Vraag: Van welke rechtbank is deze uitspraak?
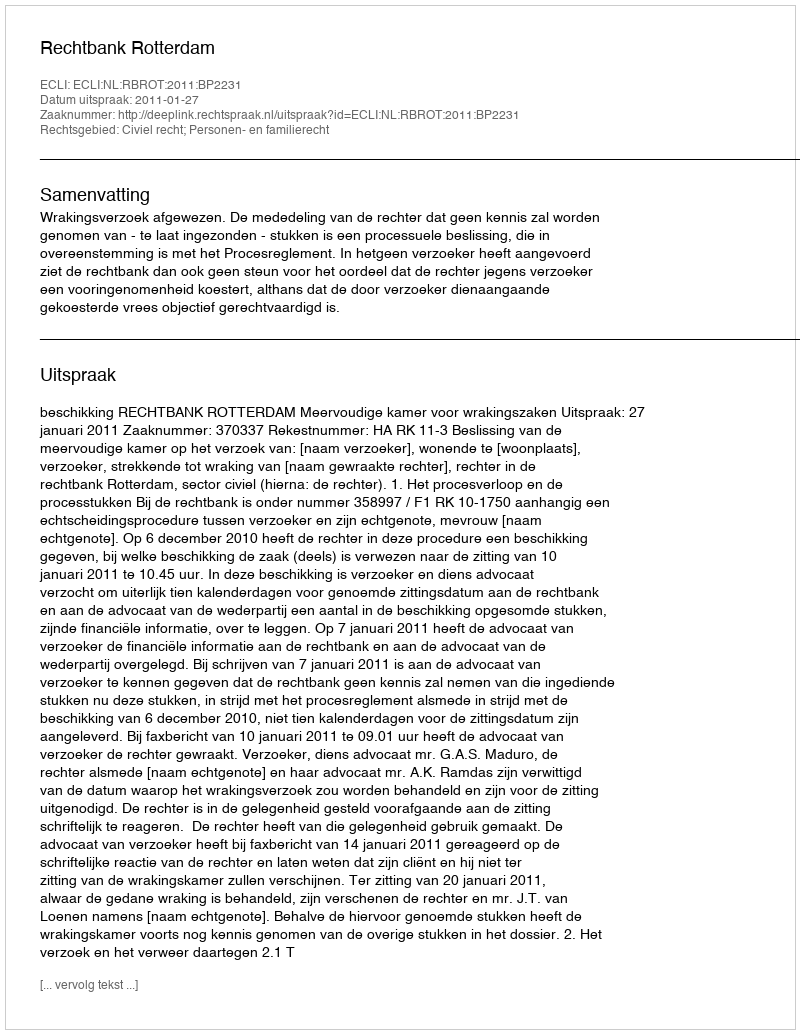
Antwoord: Rechtbank Rotterdam